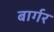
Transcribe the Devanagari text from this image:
बार्गर